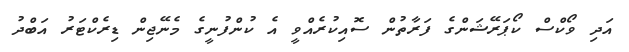
އަދި ވޯކްސް ކޯޕަރޭޝަންގެ ފަރާތުން ސޮއިކުރެއްވީ އެ ކުންފުނީގެ މެނޭޖިން ޑިރެކްޓަރު އަބްދު